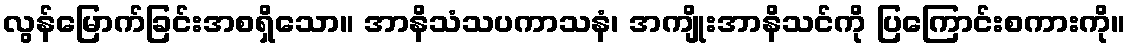
လွန်မြောက်ခြင်းအစရှိသော။ အာနိသံသပကာသနံ၊ အကျိုးအာနိသင်ကို ပြကြောင်းစကားကို။